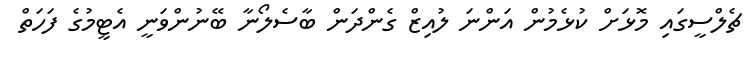
ޗެލްސީގައި މޮޅަށް ކުޅެމުން އަންނަ ލުއިޒް ގެންދަން ބާސެލޯނާ ބޭނުންވަނީ އެޓީމުގެ ފަހަތް